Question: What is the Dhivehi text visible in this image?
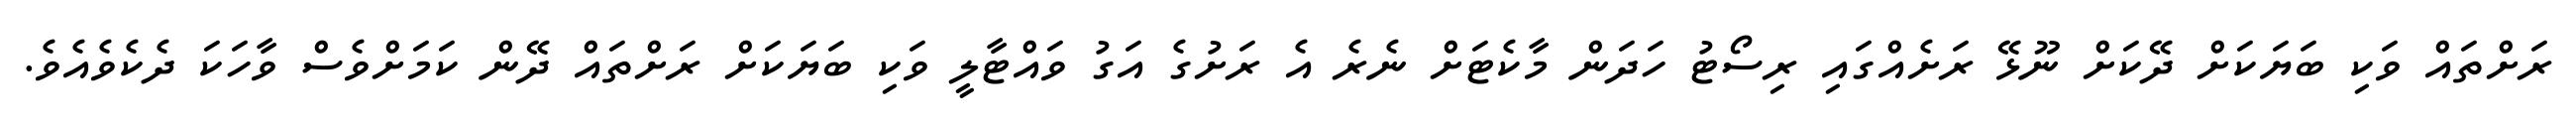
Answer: ރަށްތައް ވަކި ބަޔަކަށް ދޭކަށް ނޫޅޭ ރަށެއްގައި ރިސޯޓު ހަދަން މާކެޓަށް ނެރެ އެ ރަށުގެ އަގު ވައްޓާލީ ވަކި ބަޔަކަށް ރަށްތައް ދޭން ކަމަށްވެސް ވާހަކަ ދެކެވެއެވެ.